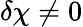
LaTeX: \delta\chi\neq 0